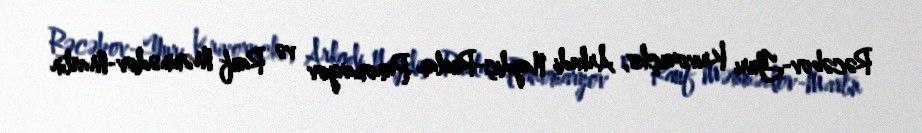
Rəcəbov-Yuri Krivoruçko, Arkadi Naydiç-Ruslan Panomaryov və Rauf Məmmədov-Martın